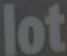
lot